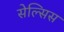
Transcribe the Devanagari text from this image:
सेल्सिस